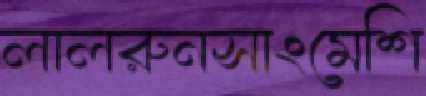
লালরুনসাংমেশি